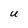
Character: U